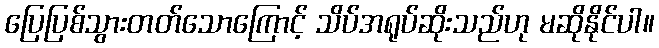
ပြေပြစ်သွားတတ်သောကြောင့် သိပ်အရုပ်ဆိုးသည်ဟု မဆိုနိုင်ပါ။